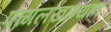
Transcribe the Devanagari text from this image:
पागलखान्यात